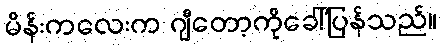
မိန်းကလေးက ဂျီတော့ကိုခေါ်ပြန်သည်။